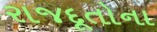
રાજદૂતોના